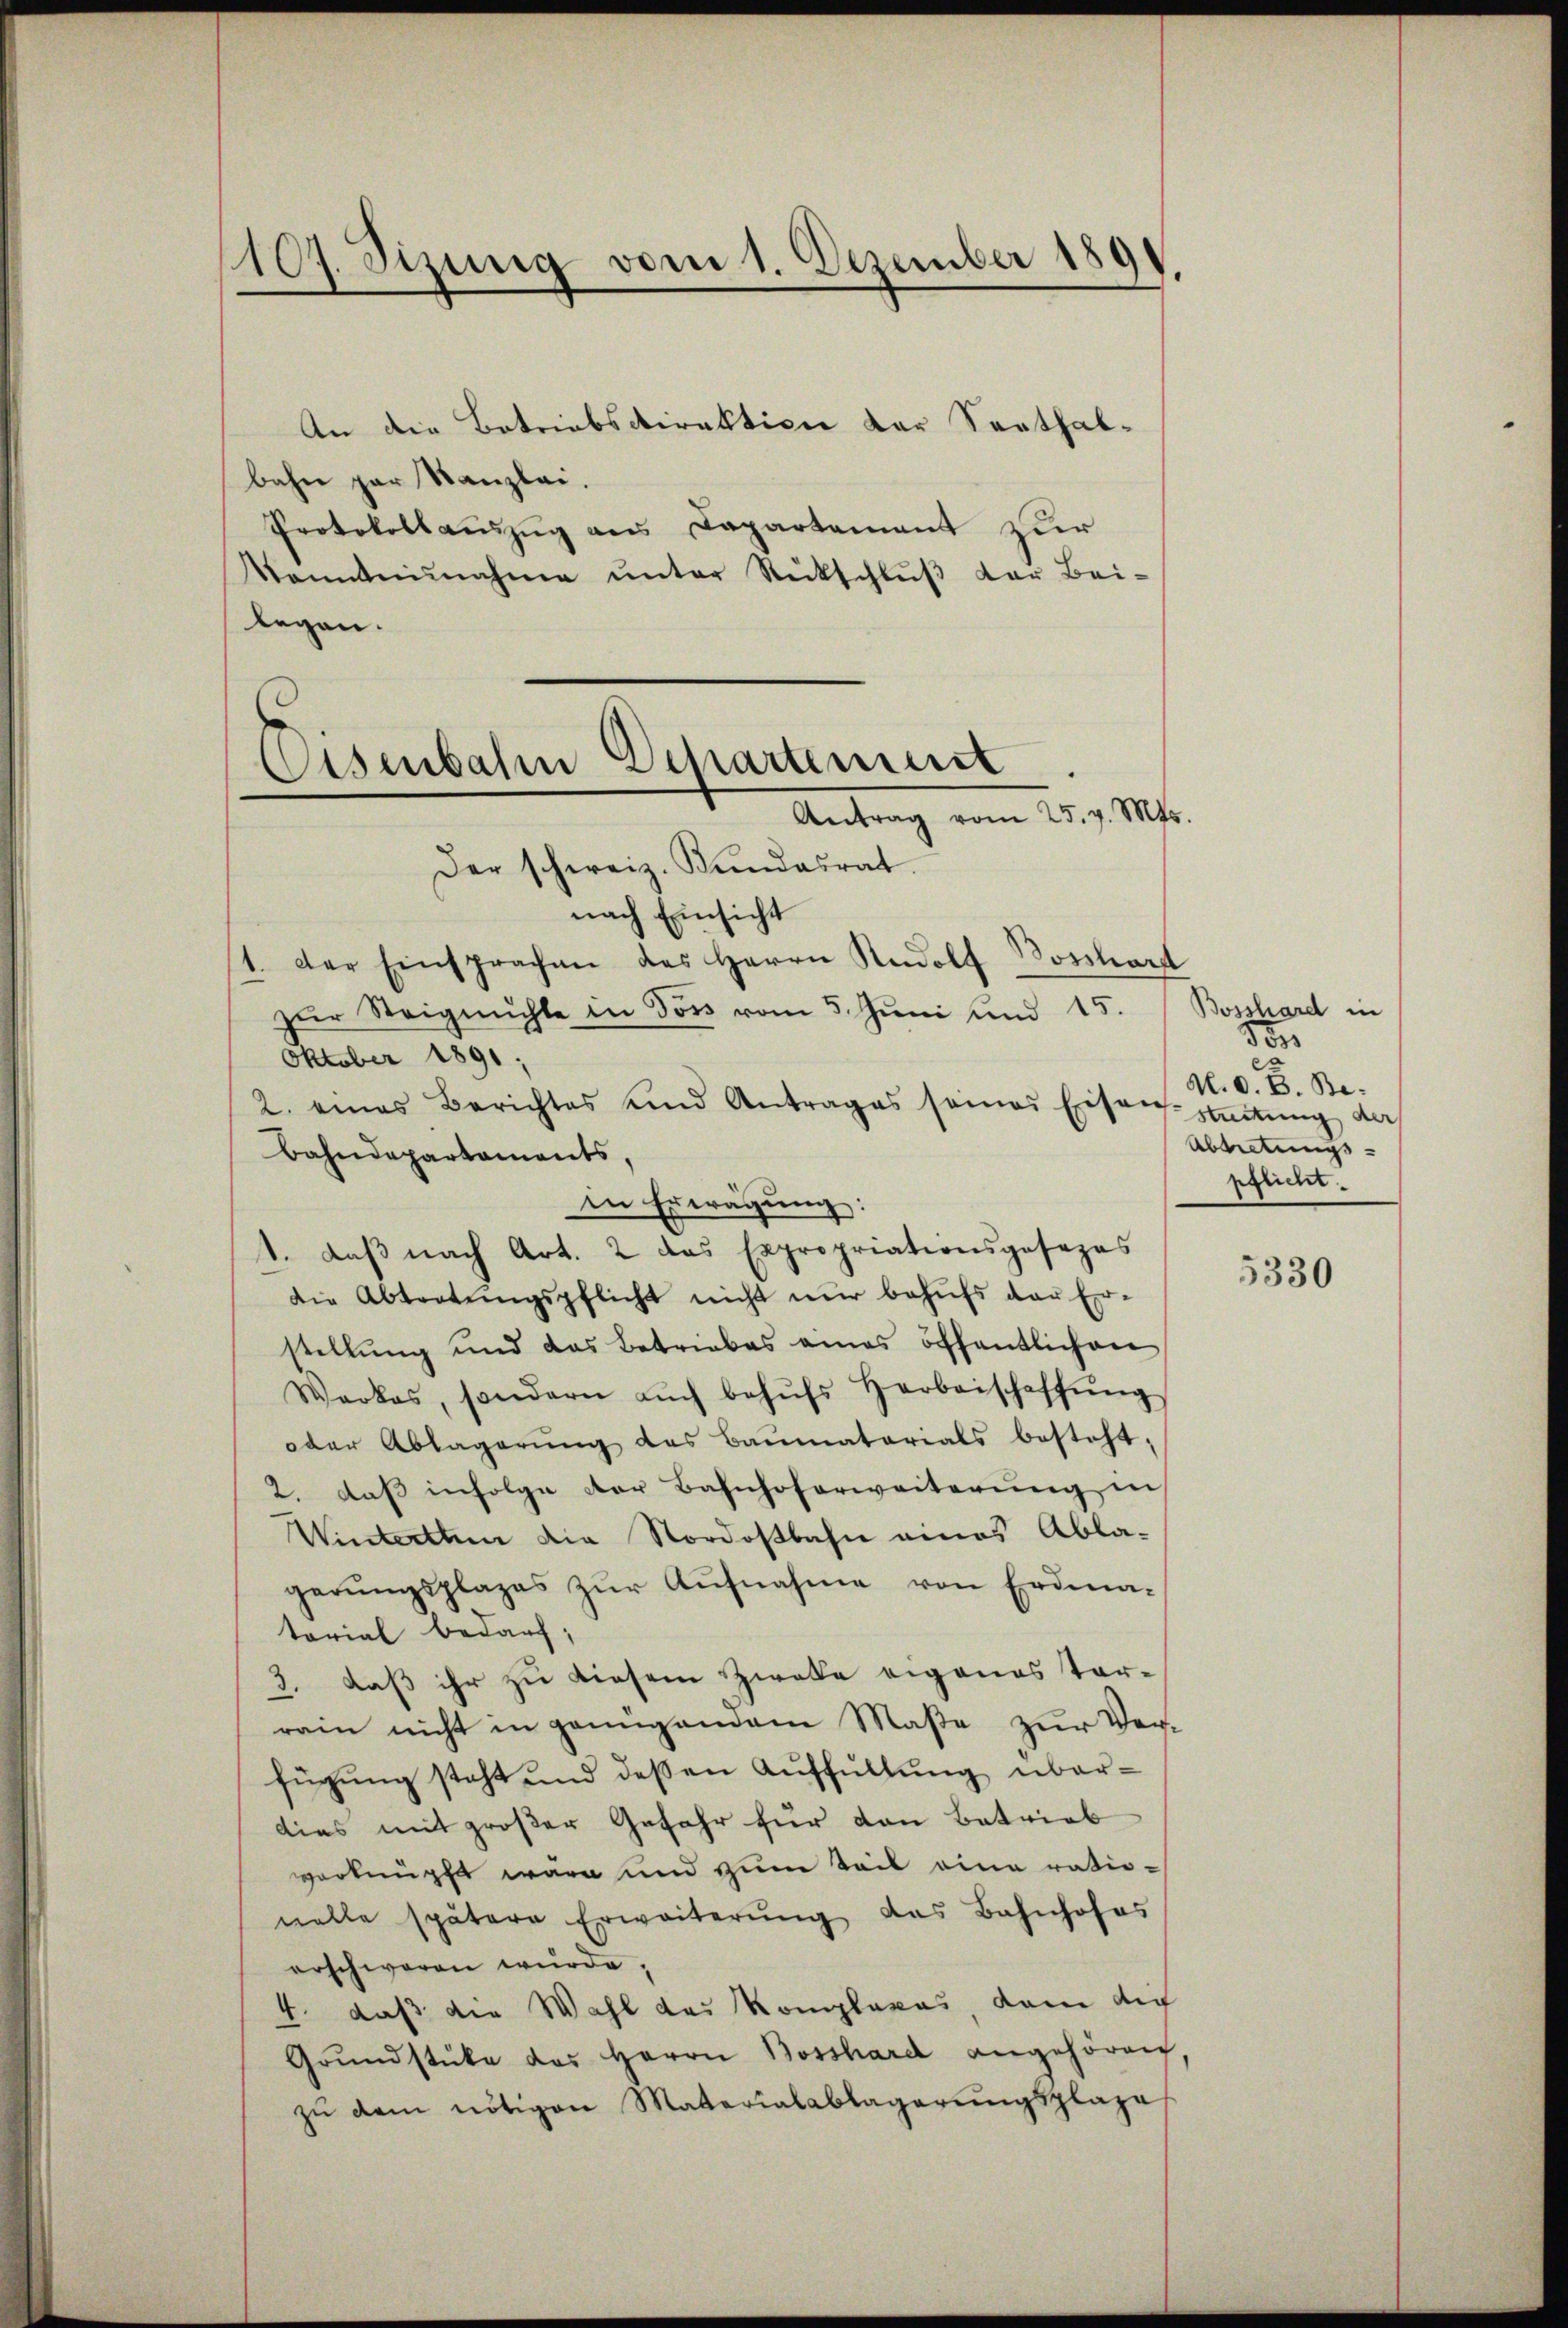
An die Betriebsdirektion der Senthalbahn par Kanzlei.
Protokollauszug aus Dapartement zur
kanntnisnahme ŭnter Rückschlŭβ der Bei-
legen.
Der schweiz. Kundesrat
nach Einsicht
1. Der Einsprachen des Herrn Rudolf Bossard
zŭr Steigmühle in dos vom 5. Juni und 15.
Oktober 1891,
2. eines Berichtes und Antrages seines Eisen-
Bahndepartaments
in Erwägung:
1. daβ nach Art. 2 das Expropriationsgesezes
die Abtretŭngspflicht nicht nur behŭfs der Er-
stellŭng und das Betriebes eines öffentlichen
Warkes, sondern aŭch behŭfs Herbeischaffŭng
oder Ablagerŭng das Baŭmatorials besteht;
2. daß infolge der Bahnhoferweiterung in
Winterthen die Nordostbahn eines Abla-
gerŭngsplazes zŭr Aŭfnahme von Erdma-
torial bedarf;
3. daß ihr zu diesem Zweke eigenes Vorram nicht in genügendem Maße zur Ver-
fügung steht und dessen Auffüllung überdies mit großer Gefahr für den Betrieb
verknüpft wäre und zum Teil eine rationelle spätere Erweiterŭng das Bahnhofes
erschweren würde.
4. daß die Wahl das Komplares, dann au
Grŭndstüke das Herrn Bosshard angehören
zŭ dem nötigen Materialablagerŭngsplaze

107. Sizung vom 1. Dezember 189

Eisenbahn Departement
Antrag vom 25. v. Mts.

Bosshard in
dor
ex
N. O. B. Be.
Streitung der
Abtretungs-
pflicht.

.

5330